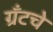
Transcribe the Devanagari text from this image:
ग्रँटचे